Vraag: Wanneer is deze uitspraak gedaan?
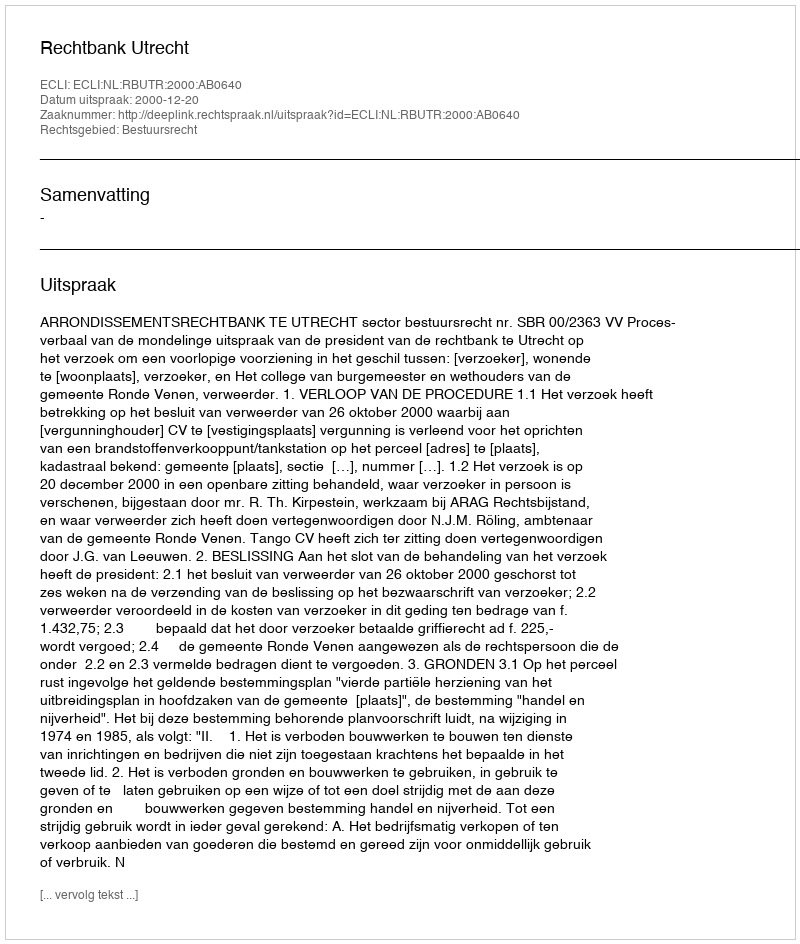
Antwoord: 2000-12-20